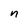
Character: n